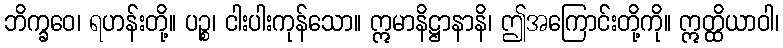
ဘိက္ခဝေ၊ ရဟန်းတို့။ ပဉ္စ၊ ငါးပါးကုန်သော။ ဣမာနိဋ္ဌာနာနိ၊ ဤအကြောင်းတို့ကို။ ဣတ္ထိယာဝါ၊